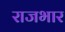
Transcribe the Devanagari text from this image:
राजभार